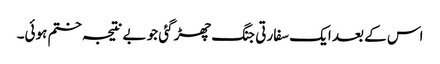
اس کے بعد ایک سفارتی جنگ چھڑ گئی جو بے نتیجہ ختم ہوئی۔